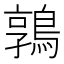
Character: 鶉